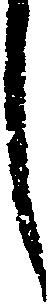
し